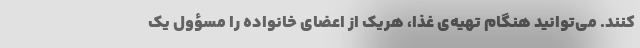
کنند. می‌توانید هنگام تهیه‌ی غذا، هریک از اعضای خانواده را مسؤول یک